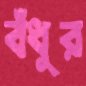
বঁধুর